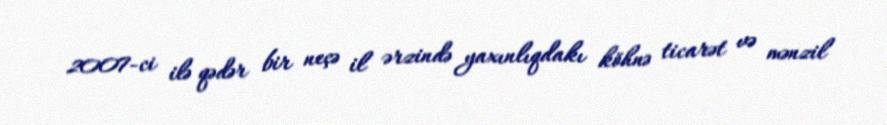
2007-ci ilə qədər bir neçə il ərzində yaxınlıqdakı köhnə ticarət və mənzil